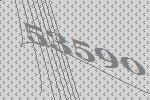
53590